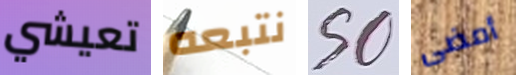
تعيشي نتبعه SO أمضى